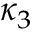
\kappa _ { 3 }